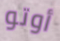
أوتو